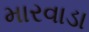
મારવાડા